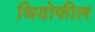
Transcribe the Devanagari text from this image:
थियोफील